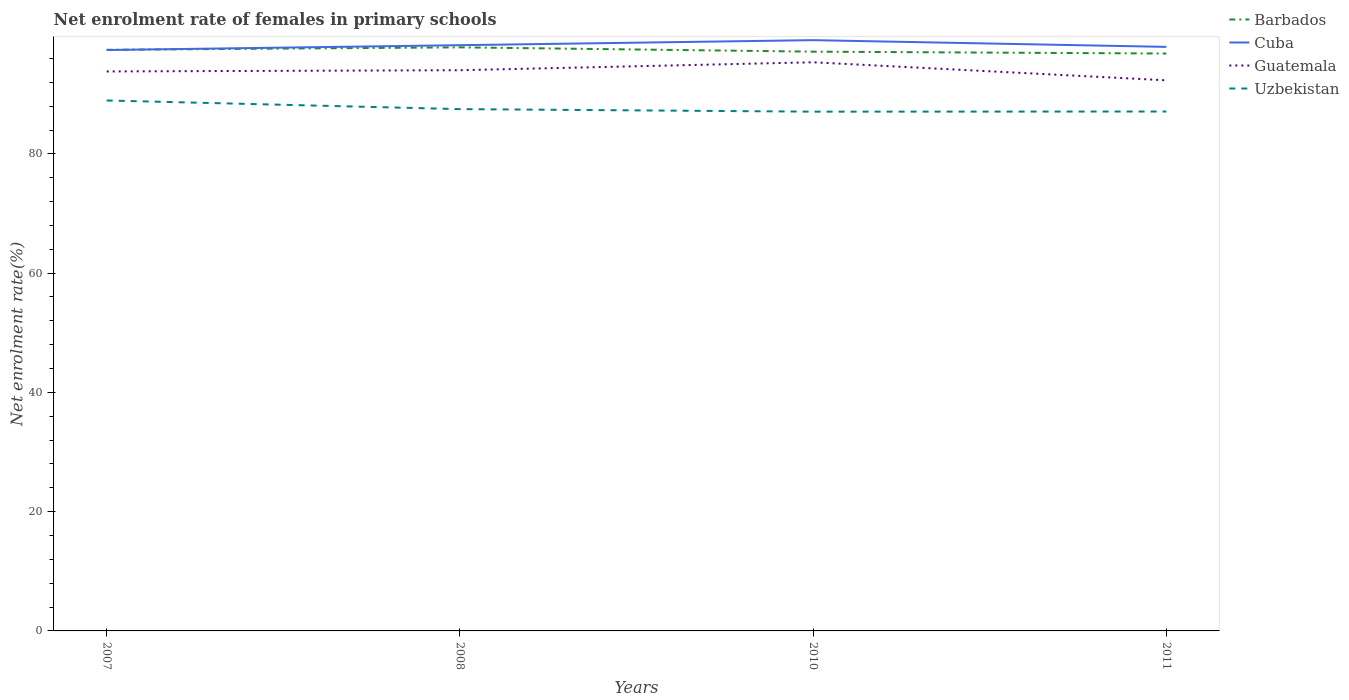
| Years | Barbados | Cuba | Guatemala | Uzbekistan |
 | --- | --- | --- | --- | --- |
 | 2007 | 97.5 | 97.4 | 93.8 | 89 |
 | 2008 | 97.9 | 98.2 | 94 | 87.5 |
 | 2010 | 97.1 | 99.1 | 95.4 | 87.1 |
 | 2011 | 96.8 | 97.9 | 92.3 | 87.1 |